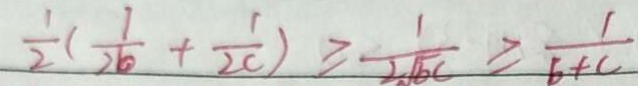
\frac { 1 } { 2 } ( \frac { 1 } { 2 b } + \frac { 1 } { 2 c } ) \geq \frac { 1 } { 2 \sqrt { b c } } \geq \frac { 1 } { b + c }